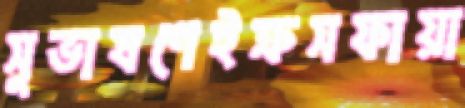
সুভাষণেইক্রসফায়া